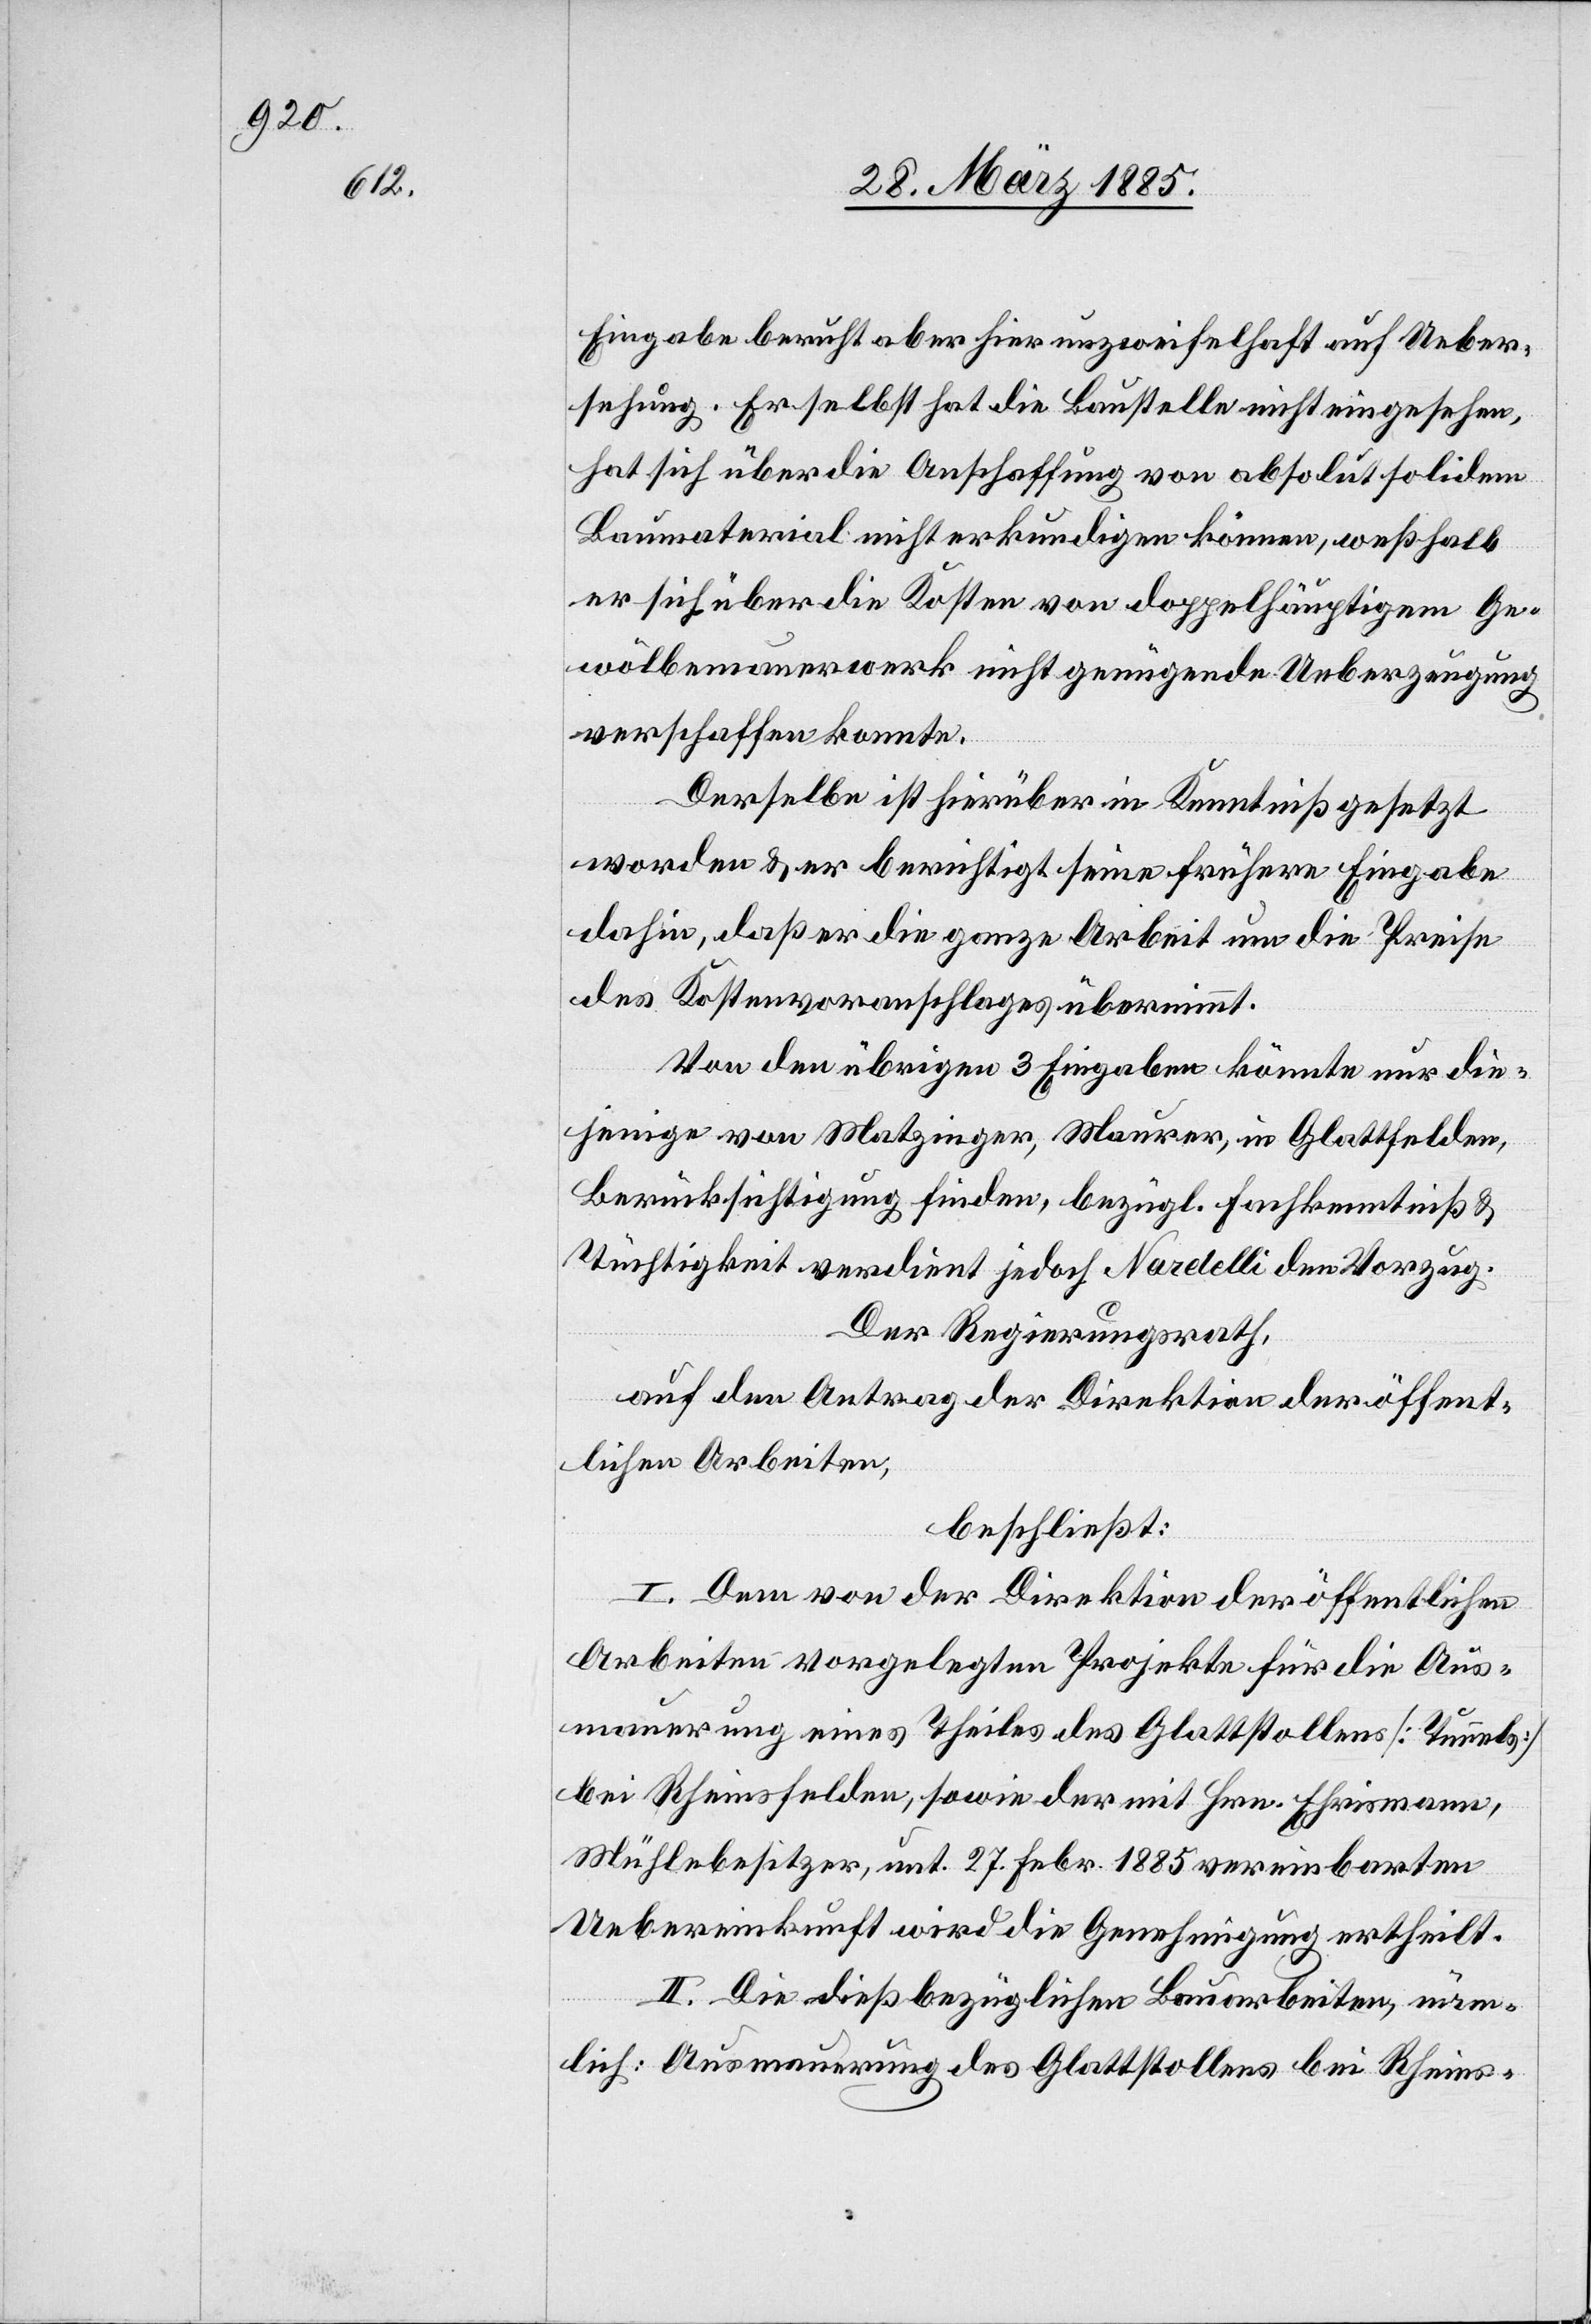
Eingabe beruht aber hier unzweifelhaft auf Ueber¬
sehung. Er selbst hat die Baustelle nicht eingesehen,
hat sich über die Kosten von doppelhäutigen Ge¬
wölbemauerwerk nicht genügende Ueberzeugung
verschaffen konnte
Derselbe ist hierüber in Kenntniß gesetzt
worden & er berichtigt seine frühere Eingabe
dahin, daß er die ganze Arbeit um die Preise
des Kostenvoranschlages übernimmt.
Von den übrigen 3 Eingaben könnte nur die¬
jenige von Matzinger, Maurer, in Glattfelden,
Berücksichtigung finden, bezügl. Fachkenntniß &
Tüchtigkeit verdient jedoch Nardelli den Vorzug.
Der Regierungsrath,
auf den Antrag der Direktion der öffent¬
lichen Arbeiten,
beschließt:
I. Dem von der Direktion der öffentlichen
Arbeiten vorgelegten Projekte für die Aus¬
mauerung eines Theiles des Glattstollens [Tunnels]
bei Rheinsfelden, sowie der mit Hrn. Ehrismann,
Mühlebesitzer, unt. 27. Febr. 1885 vereinbarten
Uebereinkunft wird die Genehmigung ertheilt.
II. Die dießbezüglichen Bauarbeiten, näm¬
lich: Ausmauerung des Glattstollens bei Rheins-